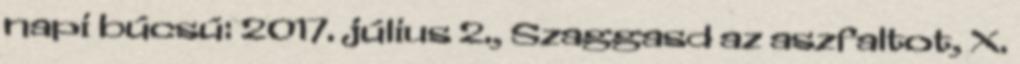
napi búcsú: 2017. július 2., Szaggasd az aszfaltot, X.